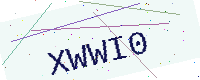
Text: XWWI0